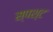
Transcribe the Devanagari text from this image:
स्पश्‍ट